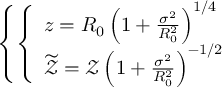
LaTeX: \left\{ \left\{ \begin{array} { l l } { { z = R _ { 0 } \left( 1 + \frac { \sigma ^ { 2 } } { R _ { 0 } ^ { 2 } } \right) ^ { 1 / 4 } } } \\ { { \widetilde { \mathcal { Z } } = \mathcal { Z } \left( 1 + \frac { \sigma ^ { 2 } } { R _ { 0 } ^ { 2 } } \right) ^ { - 1 / 2 } } } \end{array} \right. \right.